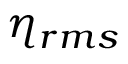
\eta _ { r m s }